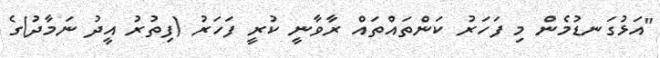
"އަޅުގަނޑުމެން މި ފަހަރު ކަންތައްތައް ރާވާނީ ކުރީ ފަހަރު (ފިތުރު އީދު ނަމާދު)ގެ